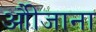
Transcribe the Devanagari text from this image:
औीजाना